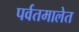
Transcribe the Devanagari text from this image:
पर्वतमालेत